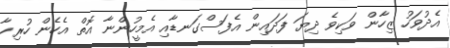
އެދުވަހު ޒިހާން ވަކިވެ ދިޔަ ފަދައިން އެފަސްގަނޑާއި އެމީހުންނާ އޮތް އެހެން ހުރިހާ